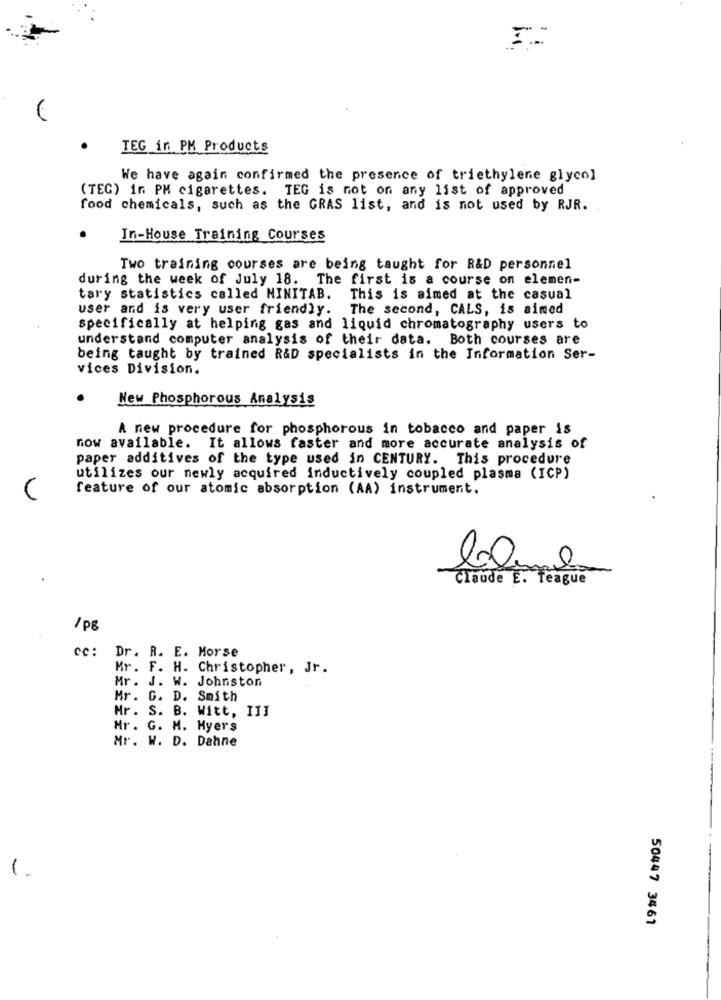
TEG in PM Products
We have again confirmed the presence of triethylene glycol
(TEG) in PM cigarettes. TEG is not on any list of approved
food chemicals, such as the GRAS list, and is not used by RJR.
In-House Training Courses
Two training courses are being taught for R&D personnel
during the week of July 18. The first is a course on elemen-
tary statistics called MINITAB.
This is aimed at the casual
user and is very user friendly. The second, CALS, is aimed
specifically at helping gas and liquid chromatography users to
understand computer analysis of their data. Both courses are
being taught by trained R&D specialists in the Information Ser-
vices Division.
New Phosphorous Analysis
A new procedure for phosphorous in tobacco and paper is
now available. It allows faster and more accurate analysis of
paper additives of the type used in CENTURY. This procedure
utilizes our newly acquired inductively coupled plasma (ICP)
feature of our atomic absorption (AA) instrument.
Claude E. Teague
/pg
cc:
Dr. R. E. Morse
Mr. F. H. Christopher, Jr.
Mr. J. W. Johnston
Mr. G. D. Smith
Mr. S. B. Witt, III
Mr . G. M. Myers
Mr. W. D. Dahne
1.
50447 3461